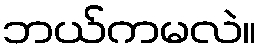
ဘယ်ကမလဲ။